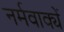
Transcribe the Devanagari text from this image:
नर्मवाक्यें